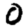
Digit: 0